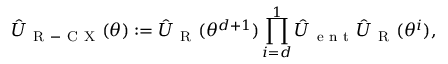
\hat { U } _ { \mathrm { ~ R ~ - ~ C ~ X ~ } } ( \theta ) : = \hat { U } _ { \mathrm { ~ R ~ } } ( \theta ^ { d + 1 } ) \prod _ { i = d } ^ { 1 } \hat { U } _ { \mathrm { ~ e ~ n ~ t ~ } } \hat { U } _ { \mathrm { ~ R ~ } } ( \theta ^ { i } ) ,